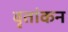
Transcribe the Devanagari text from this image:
वृतांकन